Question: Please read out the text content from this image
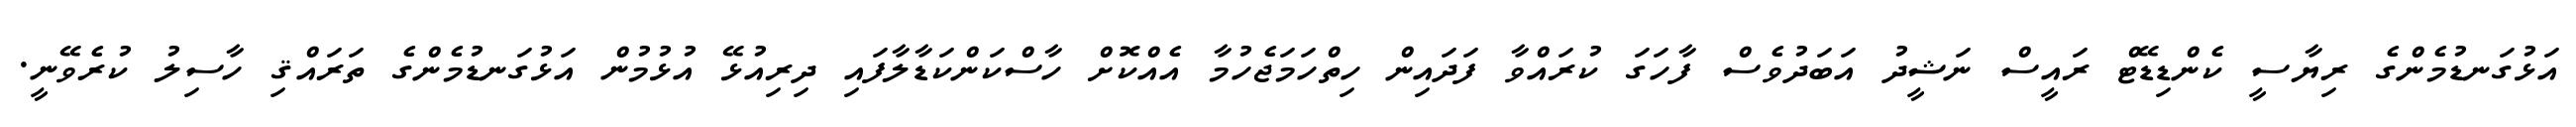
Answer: އަޅުގަނޑުމެންގެ ރިޔާސީ ކެންޑިޑޭޓް ރައީސް ނަޝީދު އަބަދުވެސް ފާހަގަ ކުރައްވާ ފަދައިން ހިތްހަމަޖެހުމާ އެއްކޮށް ހާސްކަންކަޑާލާފައި ދިރިއުޅޭ އުޅުމުން އަޅުގަނޑުމެންގެ ތަރައްޤި ހާސިލު ކުރެވޭނީ.